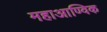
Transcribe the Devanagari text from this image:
महाआण्विक